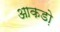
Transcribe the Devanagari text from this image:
आकडो़